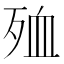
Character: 殈